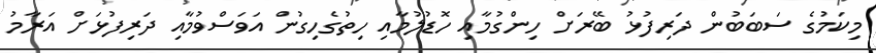
މިކަމުގެ ސަބަބުން ދަރިފުޅު ބޭރަށް ހިންގުމާއި ހޮޑުލުމާއި ހިތުގެހިގުން އަވަސްވުމާއި ދަރިފުޅަށް އަރާމު